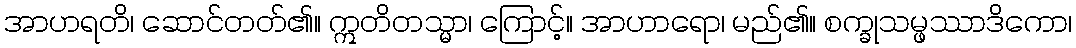
အာဟရတိ၊ ဆောင်တတ်၏။ ဣတိတသ္မာ၊ ကြောင့်။ အာဟာရော၊ မည်၏။ စက္ခုသမ္ဖဿာဒိကော၊